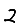
Digit: 2